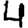
Digit: 4